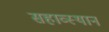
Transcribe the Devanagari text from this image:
सहाव्स्थान